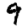
Digit: 9